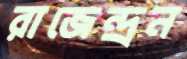
রাজেন্দ্রন